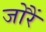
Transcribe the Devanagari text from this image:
जोरैं